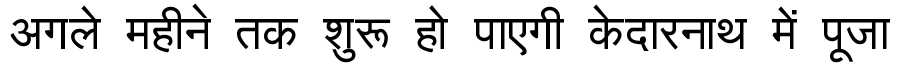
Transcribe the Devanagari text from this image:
अगले महीने तक शुरू हो पाएगी केदारनाथ में पूजा